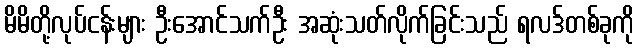
မိမိတို့လုပ်ငန်းများ ဦးအောင်သက်ဦး အဆုံးသတ်လိုက်ခြင်းသည် ရလဒ်တစ်ခုကို